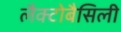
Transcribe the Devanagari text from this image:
लैक्टोबैसिली